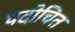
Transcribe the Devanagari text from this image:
पदोचित